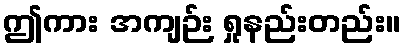
ဤကား အကျဉ်း ရှုနည်းတည်း။